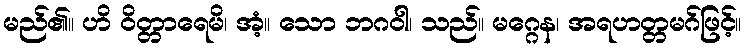
မည်၏။ ဟိ ဝိတ္တာရေမိ၊ အံ့။ သော ဘဂဝါ၊ သည်။ မဂ္ဂေန၊ အရဟတ္တမဂ်ဖြင့်။